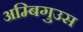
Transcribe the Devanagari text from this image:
अम्बिगुउस